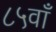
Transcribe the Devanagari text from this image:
८५वाँ